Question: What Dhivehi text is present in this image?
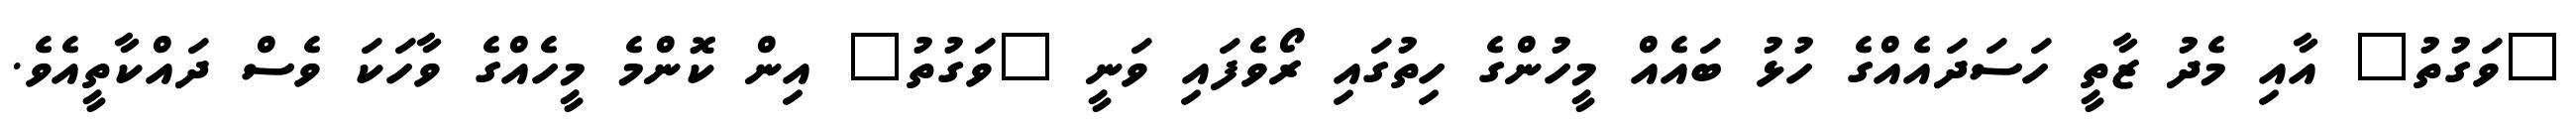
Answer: "ވަގުތު" އާއި މެދު ޒާތީ ހަސަދައެއްގެ ހުޅު ބައެއް މީހުންގެ ހިތުގައި ރޯވެފައި ވަނީ "ވަގުތު" އިން ކޮންމެ މީހެއްގެ ވާހަކަ ވެސް ދައްކާތީއެވެ.